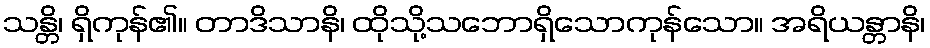
သန္တိ၊ ရှိကုန်၏။ တာဒိသာနိ၊ ထိုသို့သဘောရှိသောကုန်သော။ အရိယန္တာနိ၊